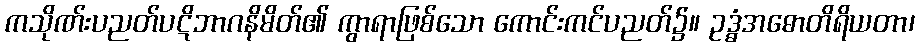
ကသိုဏ်းပညတ်ပဋိဘာဂနိမိတ်၏ ကွာရာဖြစ်သော ကောင်းကင်ပညတ်၌။ ဥဒ္ဓံအဓောတိရိယတာ၊